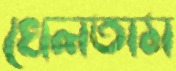
খেলতাম